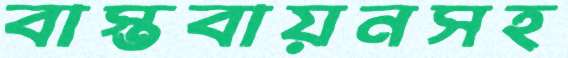
বাস্তবায়নসহ